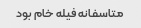
متاسفانه فیله خام بود